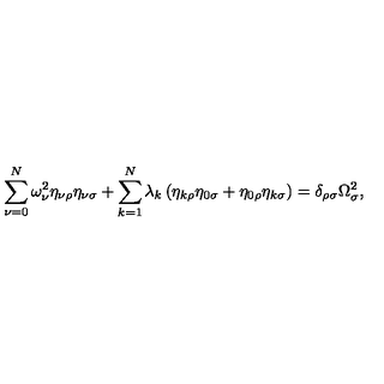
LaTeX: \sum _ { \nu = 0 } ^ { N } \omega _ { \nu } ^ { 2 } \eta _ { \nu \rho } \eta _ { \nu \sigma } + \sum _ { k = 1 } ^ { N } \lambda _ { k } \left( \eta _ { k \rho } \eta _ { 0 \sigma } + \eta _ { 0 \rho } \eta _ { k \sigma } \right) = \delta _ { \rho \sigma } \Omega _ { \sigma } ^ { 2 } ,